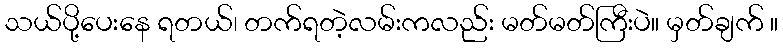
သယ်ပို့ပေးနေ ရတယ်၊ တက်ရတဲ့လမ်းကလည်း မတ်မတ်ကြီးပဲ။ မှတ်ချက် ။